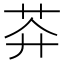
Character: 𱽙